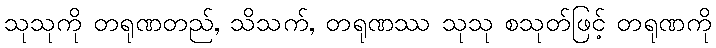
သုသုကို တရုဏတည်, သိသက်, တရုဏဿ သုသု စသုတ်ဖြင့် တရုဏကို